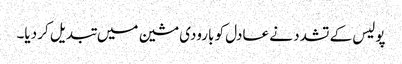
پولیس کے تشدد نے عادل کو بارودی مشین میں تبدیل کر دیا۔